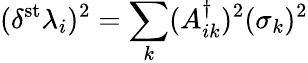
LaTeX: (\delta^{\mathrm{st}}\lambda_{i})^{2}=\sum_{k}(A_{ik}^{\dagger})^{2}(\sigma_{k})^{2}